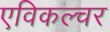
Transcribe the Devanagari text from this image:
एविकल्चर